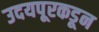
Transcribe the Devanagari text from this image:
उदयपूरकडून